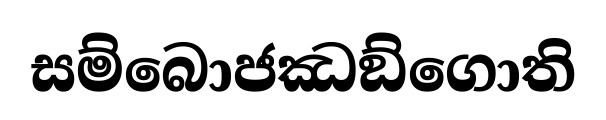
සම්බොජඣඞ්ගොති